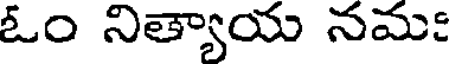
ఓం నిత్యాయ నమః